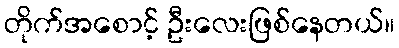
တိုက်အစောင့် ဦးလေးဖြစ်နေတယ်။